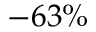
- 6 3 \%